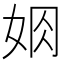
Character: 𡜃